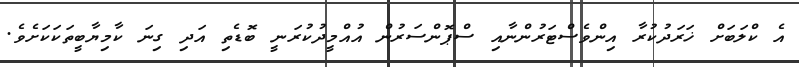
އެ ކްލަބަށް ޚަރަދުކުރާ އިންވެސްޓަރުންނާއި ސްޕޮންސަރުން އުއްމީދުކުރަނީ ބޮޑެތި އަދި ގިނަ ކާމިޔާބީތަކަކަށެވެ.